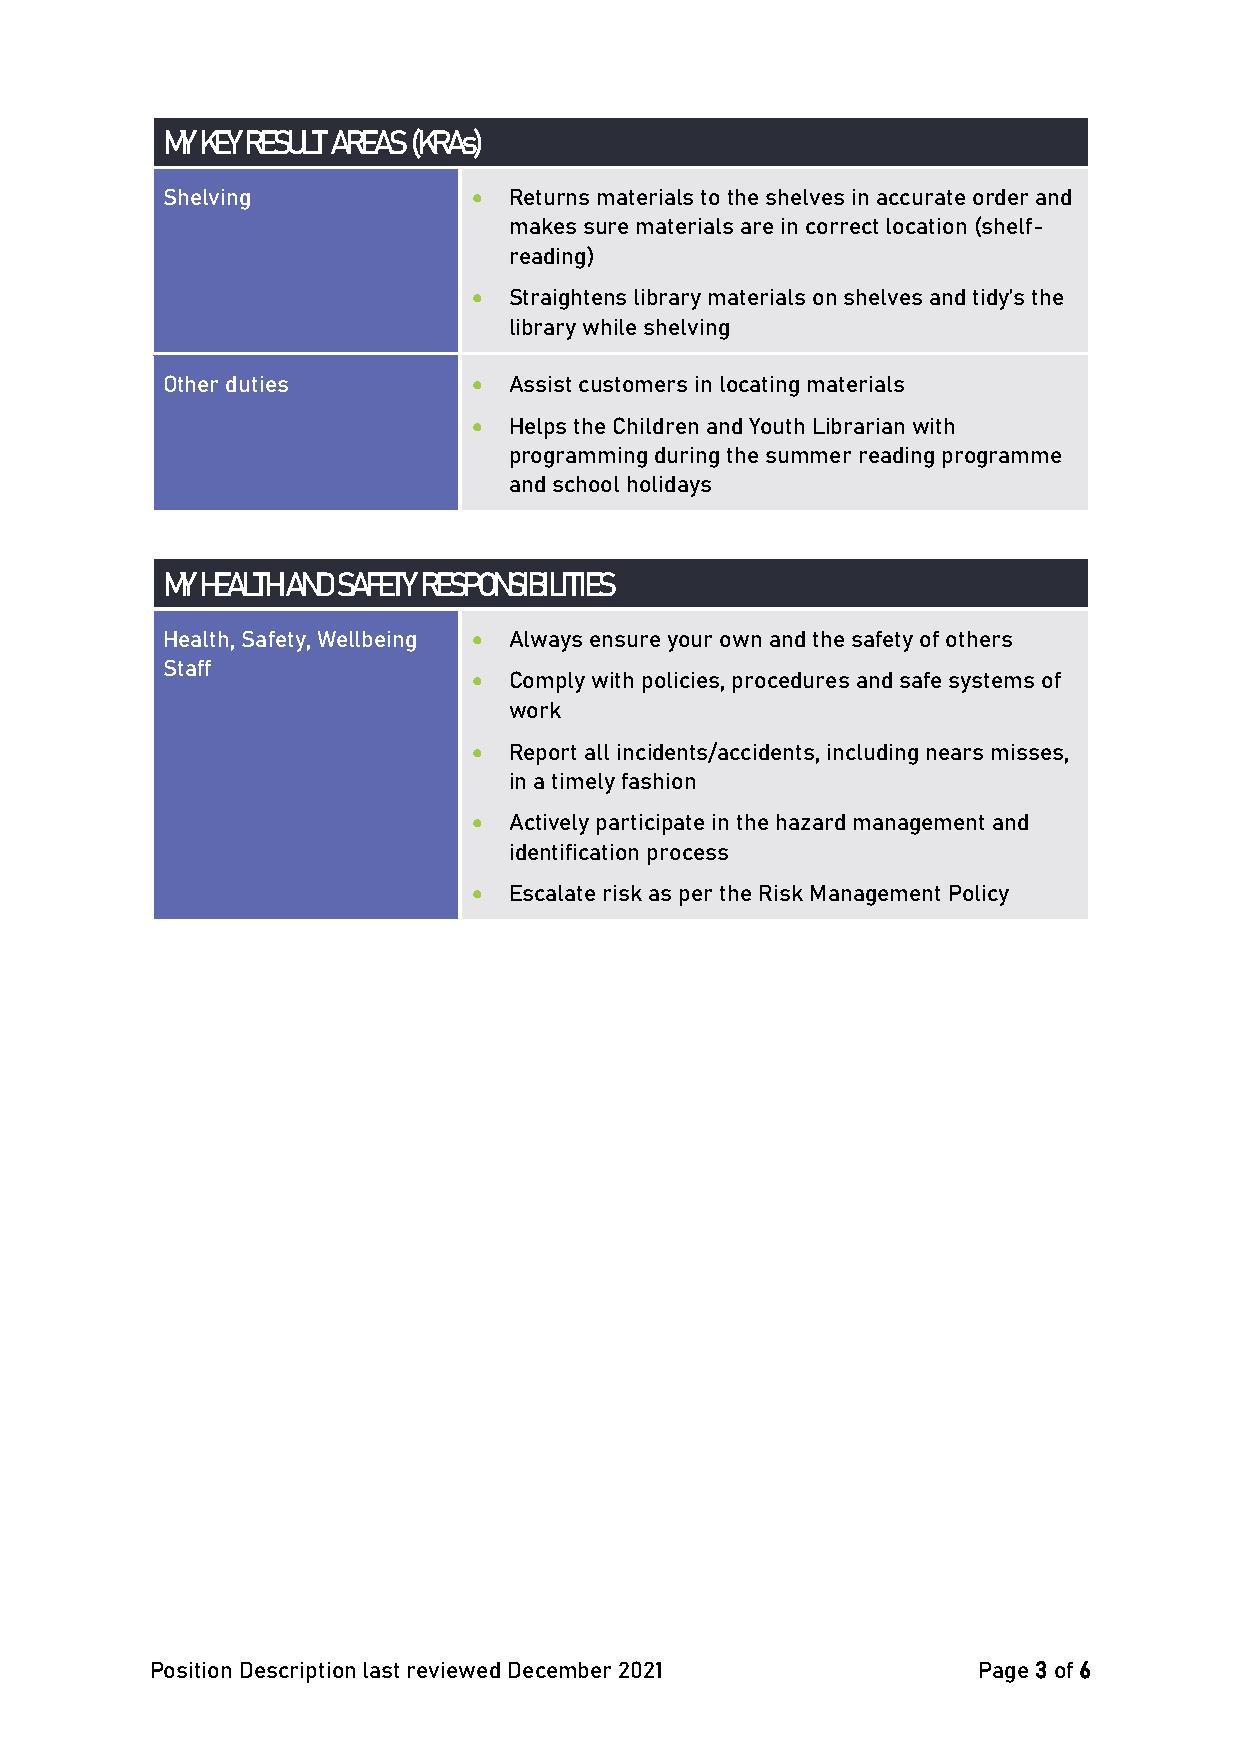
MY KEY RESULT AREAS (KRAs)
 Shelving            •  Returns materials to the shelves in accurate order and
 makes sure materials are in correct location (shelf-
 reading)
 •  Straightens library materials on shelves and tidy’s the
 library while shelving
 Other duties        •  Assist customers in locating materials
 •  Helps the Children and Youth Librarian with
 programming during the summer reading programme
 and school holidays
 MY HEALTH AND SAFETY RESPONSIBILITIES
 Health, Safety, Wellbeing • Always ensure your own and the safety of others
 Staff
 •  Comply with policies, procedures and safe systems of
 work
 •  Report all incidents/accidents, including nears misses,
 in a timely fashion
 •  Actively participate in the hazard management and
 identification process
 •  Escalate risk as per the Risk Management Policy
 Position Description last reviewed December 2021       Page 3 of 6